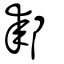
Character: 䣛